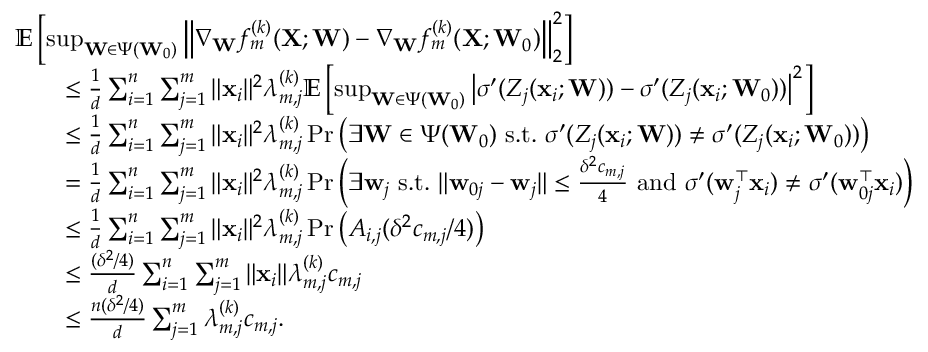
\begin{array} { r l } & { \mathbb { E } \left[ \operatorname* { s u p } _ { \mathbf { W } \in \Psi ( \mathbf { W } _ { 0 } ) } \left\| \nabla _ { \mathbf { W } } f _ { m } ^ { ( k ) } ( \mathbf { X } ; \mathbf { W } ) - \nabla _ { \mathbf { W } } f _ { m } ^ { ( k ) } ( \mathbf { X } ; \mathbf { W } _ { 0 } ) \right\| _ { 2 } ^ { 2 } \right] } \\ & { \qquad \leq \frac { 1 } { d } \sum _ { i = 1 } ^ { n } \sum _ { j = 1 } ^ { m } \| \mathbf { x } _ { i } \| ^ { 2 } \lambda _ { m , j } ^ { ( k ) } \mathbb { E } \left[ \operatorname* { s u p } _ { \mathbf { W } \in \Psi ( \mathbf { W } _ { 0 } ) } \left| \sigma ^ { \prime } ( Z _ { j } ( \mathbf { x } _ { i } ; \mathbf { W } ) ) - \sigma ^ { \prime } ( Z _ { j } ( \mathbf { x } _ { i } ; \mathbf { W } _ { 0 } ) ) \right| ^ { 2 } \right] } \\ & { \qquad \leq \frac { 1 } { d } \sum _ { i = 1 } ^ { n } \sum _ { j = 1 } ^ { m } \| \mathbf { x } _ { i } \| ^ { 2 } \lambda _ { m , j } ^ { ( k ) } \operatorname* { P r } \left( \exists \mathbf { W } \in \Psi ( \mathbf { W } _ { 0 } ) \ \mathrm { s . t . } \ \sigma ^ { \prime } ( Z _ { j } ( \mathbf { x } _ { i } ; \mathbf { W } ) ) \neq \sigma ^ { \prime } ( Z _ { j } ( \mathbf { x } _ { i } ; \mathbf { W } _ { 0 } ) ) \right) } \\ & { \qquad = \frac { 1 } { d } \sum _ { i = 1 } ^ { n } \sum _ { j = 1 } ^ { m } \| \mathbf { x } _ { i } \| ^ { 2 } \lambda _ { m , j } ^ { ( k ) } \operatorname* { P r } \left( \exists \mathbf { w } _ { j } \ \mathrm { s . t . } \ \| \mathbf { w } _ { 0 j } - \mathbf { w } _ { j } \| \leq \frac { \delta ^ { 2 } c _ { m , j } } { 4 } \ \mathrm { a n d } \ \sigma ^ { \prime } ( \mathbf { w } _ { j } ^ { \top } \mathbf { x } _ { i } ) \neq \sigma ^ { \prime } ( \mathbf { w } _ { 0 j } ^ { \top } \mathbf { x } _ { i } ) \right) } \\ & { \qquad \leq \frac { 1 } { d } \sum _ { i = 1 } ^ { n } \sum _ { j = 1 } ^ { m } \| \mathbf { x } _ { i } \| ^ { 2 } \lambda _ { m , j } ^ { ( k ) } \operatorname* { P r } \left( A _ { i , j } ( \delta ^ { 2 } c _ { m , j } / 4 ) \right) } \\ & { \qquad \leq \frac { ( \delta ^ { 2 } / 4 ) } { { d } } \sum _ { i = 1 } ^ { n } \sum _ { j = 1 } ^ { m } \| \mathbf { x } _ { i } \| \lambda _ { m , j } ^ { ( k ) } c _ { m , j } } \\ & { \qquad \leq \frac { n ( \delta ^ { 2 } / 4 ) } { { d } } \sum _ { j = 1 } ^ { m } \lambda _ { m , j } ^ { ( k ) } c _ { m , j } . } \end{array}